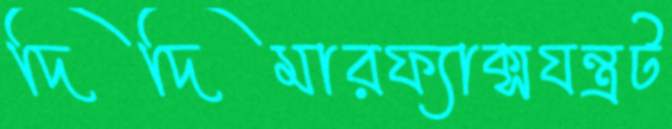
দিদিমারফ্যাক্সযন্ত্রট